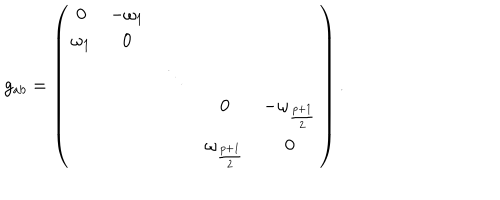
g _ { a b } = \left( \begin{array} { c c c c c } { { 0 } } & { { - \omega _ { 1 } } } & { { } } & { { } } & { { } } \\ { { \omega _ { 1 } } } & { { 0 } } & { { } } & { { } } & { { } } \\ { { } } & { { } } & { { \ddots } } & { { } } & { { } } \\ { { } } & { { } } & { { } } & { { 0 } } & { { - \omega _ { \frac { p + 1 } { 2 } } } } \\ { { } } & { { } } & { { } } & { { \omega _ { \frac { p + 1 } { 2 } } } } & { { 0 } } \\ \end{array} \right) .